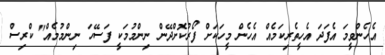
އެހެންވީމަ އެފަދަ އެހީތެރިކަމެއް އެހެން މީހަކަށް ފޯރުކޮށްދޭން ނިންމުމަކީ ފަސޭހަ ނިންމުމެއް" ކްރިސް